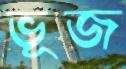
ভূজ